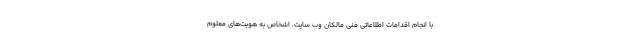
با انجام اقدامات اطلاعاتی فنی مالکان وب سایت، اشخاص به هویت‌های معلوم